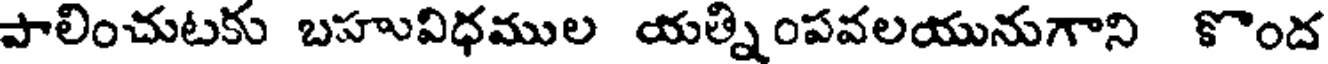
పాలించుటకు బహువిధముల యత్నింపవలయునుగాని కొంద